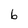
Character: b